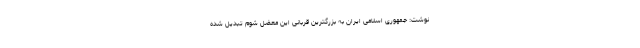
نوشت: جمهوری اسلامی ایران به بزرگترین قربانی این معضل شوم تبدیل شده